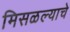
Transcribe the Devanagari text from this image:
मिसळल्याचे